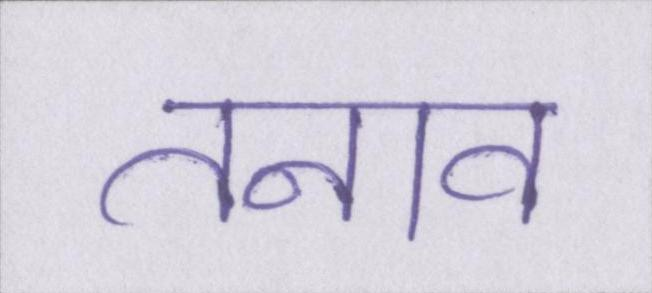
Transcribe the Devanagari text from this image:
तनाव